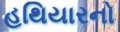
હથિયારનો